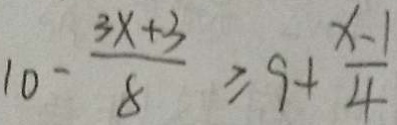
1 0 - \frac { 3 x + 3 } { 8 } \geq 9 + \frac { x - 1 } { 4 }